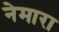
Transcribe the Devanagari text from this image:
नेमारा